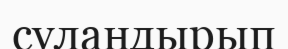
суландырып